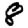
Digit: 8